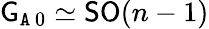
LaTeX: {\mathsf{G}}_{\mathtt{A}\, 0}\simeq{\mathsf{S}}{\mathsf{O}}(n-1)